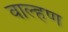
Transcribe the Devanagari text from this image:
वाल्हण